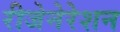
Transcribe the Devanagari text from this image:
रीजेनेरेशन